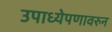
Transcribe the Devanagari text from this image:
उपाध्येपणावरुन